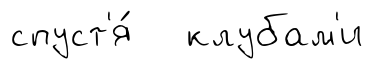
спуст'я́ клубам'и